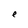
Character: e